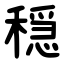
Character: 穏